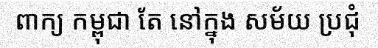
ពាក្យ កម្ពុជា តែ នៅក្នុង សម័យ ប្រជុំ